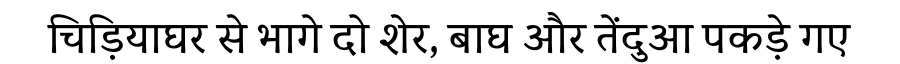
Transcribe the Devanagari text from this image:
चिड़ियाघर से भागे दो शेर, बाघ और तेंदुआ पकड़े गए